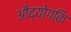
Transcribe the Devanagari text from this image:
औद्योगकि